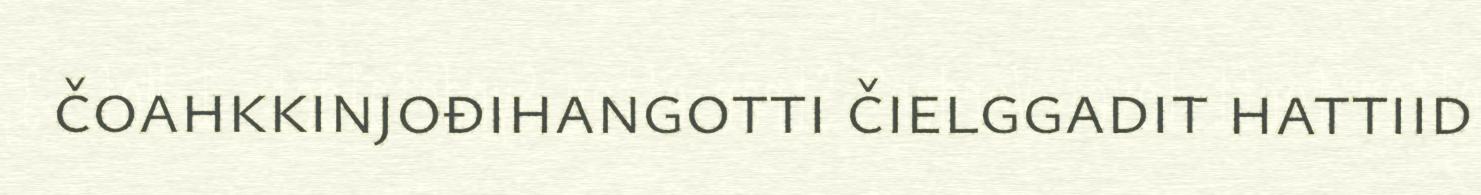
čoahkkinjođihangotti čielggadit hattiid